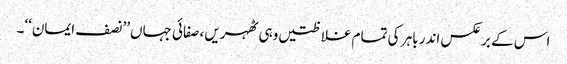
اس کے برعکس اندر باہر کی تمام غلاظتیں وہی ٹھہریں، صفائی جہاں’’نصف ایمان‘‘۔